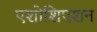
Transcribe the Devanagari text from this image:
एशोशिएशन